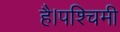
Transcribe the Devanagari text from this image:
है।पश्चिमी